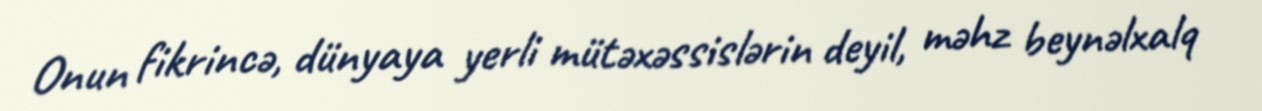
Onun fikrincə, dünyaya yerli mütəxəssislərin deyil, məhz beynəlxalq